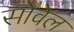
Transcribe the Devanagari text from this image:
सोवेल